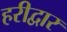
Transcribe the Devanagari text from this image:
हरीद्वार